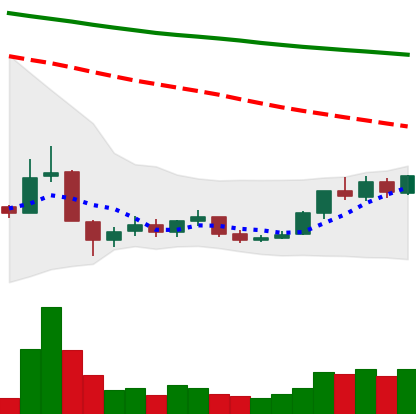
Ticker: BNB-USD
Chart end date: 2018-12-22
Forward return: -11.047%
Label: down_7plus